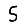
Digit: 5